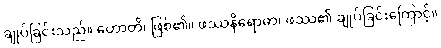
ချုပ်ခြင်းသည်။ ဟောတိ၊ ဖြစ်၏။ ဖဿနိရောဓာ၊ ဖဿ၏ ချုပ်ခြင်းကြောင့်။